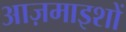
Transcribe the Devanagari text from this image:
आज़माइशों